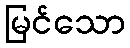
မြင်သော